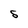
Character: S